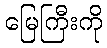
မြေကြီးကို